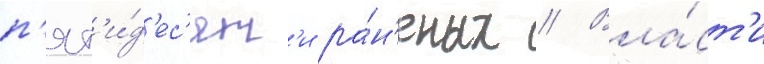
п'ят'и́д'ес'ят'и ра́н'еных // Вла́ст'и